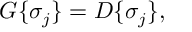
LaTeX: { \cal G } \{ \sigma _ { j } \} = { \cal D } \{ \sigma _ { j } \} ,